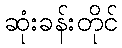
ဆုံးခန်းတိုင်